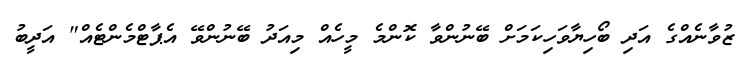
ޒުވާނެއްގެ އަދި ބޯހިޔާވަހިކަމަށް ބޭނުންވާ ކޮންމެ މީހެއް މިއަދު ބޭނުންވޭ އެޕާޓްމެންޓެއް" އަދީބު